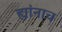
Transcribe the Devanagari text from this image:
ह्यांनाच